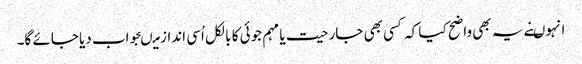
انہوںنے یہ بھی واضح کیا کہ کسی بھی جارحیت یا مہم جوئی کا بالکل اُسی انداز میںجواب دیا جائے گا۔